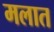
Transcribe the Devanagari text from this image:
मलात